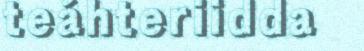
teáhteriidda